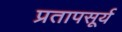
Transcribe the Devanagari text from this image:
प्रतापसूर्य